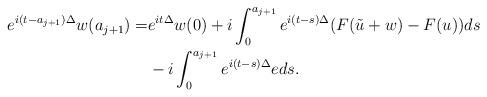
LaTeX: \begin{align*} e^{i(t-a_{j+1})\Delta}w(a_{j+1})=&e^{it\Delta}w(0)+i\int_{0}^{a_{j+1}}e^{i(t-s)\Delta}(F(\tilde{u}+w)-F(u))ds\\ &-i\int_{0}^{a_{j+1}}e^{i(t-s)\Delta}eds. \end{align*}